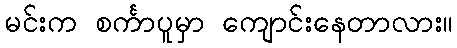
မင်းက စင်္ကာပူမှာ ကျောင်းနေတာလား။